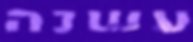
עשנה